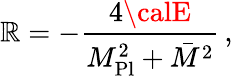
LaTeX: \mathbb{R}=-\frac{{4{\calE}}}{{M_{\mathrm{{Pl}}}^{2}+\bar{{M}}^{2}}}\, ,